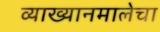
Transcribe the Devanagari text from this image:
व्याख्यानमालेचा